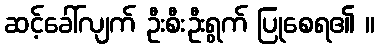
ဆင့်ခေါ်လျက် ဦးစီးဦးရွက် ပြုစေရ၏ ။